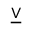
\underline { { \lor } }